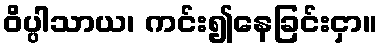
ဝိပ္ပါသာယ၊ ကင်း၍နေခြင်းငှာ။